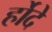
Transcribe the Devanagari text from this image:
र्होदे